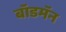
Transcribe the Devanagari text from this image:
बॉडमॅन